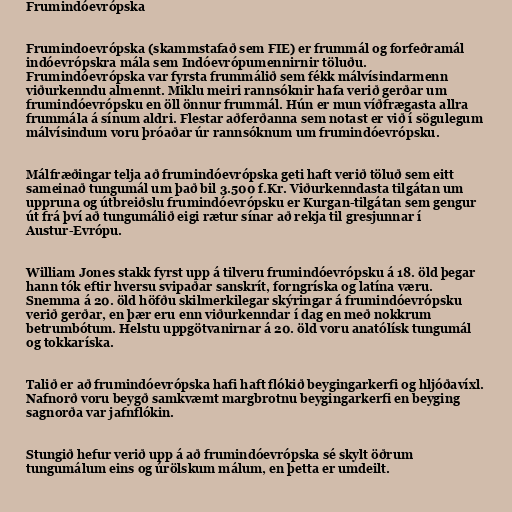
Frumindóevrópska

Frumindoevrópska (skammstafað sem FIE) er frummál og forfeðramál
indóevrópskra mála sem Indóevrópumennirnir töluðu.
Frumindóevrópska var fyrsta frummálið sem fékk málvísindarmenn
viðurkenndu almennt. Miklu meiri rannsóknir hafa verið gerðar um
frumindóevrópsku en öll önnur frummál. Hún er mun víðfrægasta allra
frummála á sínum aldri. Flestar aðferðanna sem notast er við í sögulegum
málvísindum voru þróaðar úr rannsóknum um frumindóevrópsku.

Málfræðingar telja að frumindóevrópska geti haft verið töluð sem eitt
sameinað tungumál um það bil 3.500 f.Kr. Viðurkenndasta tilgátan um
uppruna og útbreiðslu frumindóevrópsku er Kurgan-tilgátan sem gengur
út frá því að tungumálið eigi rætur sínar að rekja til gresjunnar í
Austur-Evrópu.

William Jones stakk fyrst upp á tilveru frumindóevrópsku á 18. öld þegar
hann tók eftir hversu svipaðar sanskrít, forngríska og latína væru.
Snemma á 20. öld höfðu skilmerkilegar skýringar á frumindóevrópsku
verið gerðar, en þær eru enn viðurkenndar í dag en með nokkrum
betrumbótum. Helstu uppgötvanirnar á 20. öld voru anatólísk tungumál
og tokkaríska.

Talið er að frumindóevrópska hafi haft flókið beygingarkerfi og hljóðavíxl.
Nafnorð voru beygð samkvæmt margbrotnu beygingarkerfi en beyging
sagnorða var jafnflókin.

Stungið hefur verið upp á að frumindóevrópska sé skylt öðrum
tungumálum eins og úrölskum málum, en þetta er umdeilt.